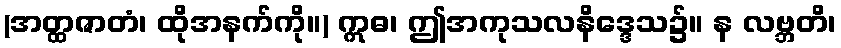
(အတ္ထဇာတံ၊ ထိုအနက်ကို။) ဣဓ၊ ဤအကုသလနိဒ္ဒေသ၌။ န လဗ္ဘတိ၊